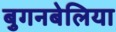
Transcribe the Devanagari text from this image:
बुगनबेलिया